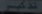
79